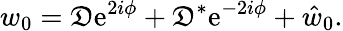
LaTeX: w_{0}=\mathfrak{D}\mathrm{{e}}^{2i\phi}+\mathfrak{D}^{*}\mathrm{{e}}^{-2i\phi}+\hat{{w}}_{0}.